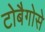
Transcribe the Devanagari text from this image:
टोबैगोसे